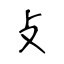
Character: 攴